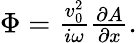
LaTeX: \begin{array}{r}{\Phi=\frac{v_{0}^{2}}{i\omega}\frac{\partial A}{\partial x}.}\end{array}